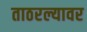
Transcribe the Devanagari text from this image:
ताठरल्यावर